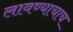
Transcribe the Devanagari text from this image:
लावण्याचाच